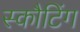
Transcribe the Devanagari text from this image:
स्कौटिंग